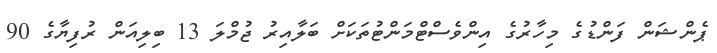
ޕެންޝަން ފަންޑުގެ މިހާރުގެ އިންވެސްޓްމަންޓުތަކަށް ބަލާއިރު ޖުމްލަ 13 ބިލިއަން ރުފިޔާގެ 90